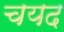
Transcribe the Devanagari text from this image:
चयद